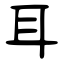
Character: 耳